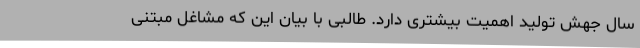
سال جهش تولید اهمیت بیشتری دارد. طالبی با بیان این که مشاغل مبتنی